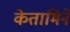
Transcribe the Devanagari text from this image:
केतामिने